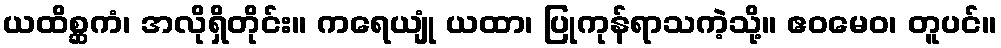
ယထိစ္ဆကံ၊ အလိုရှိတိုင်း။ ကရေယျုံ ယထာ၊ ပြုကုန်ရာသကဲ့သို့။ ဧဝမေဝ၊ တူပင်။